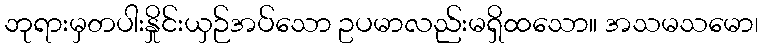
ဘုရားမှတပါးနှိုင်းယှဉ်အပ်သော ဥပမာလည်းမရှိထသော။ အသမသမော၊